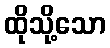
ထိုသို့သော